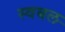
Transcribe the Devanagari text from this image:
स्वबल